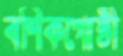
বণিকগোষ্ঠী